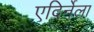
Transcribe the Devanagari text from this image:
एदिर्नेला